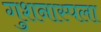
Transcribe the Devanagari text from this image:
गुशनास्पला